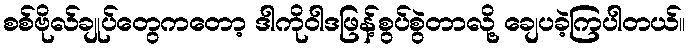
စစ်ဗိုလ်ချုပ်တွေကတော့ ဒါကိုဝါဒဖြန့်စွပ်စွဲတာလို့ ချေပခဲ့ကြပါတယ်။